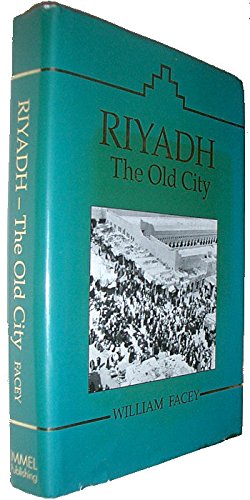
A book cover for Riyadh: The Old City - From Its Origins Until the 1950's; William Facey; History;